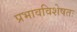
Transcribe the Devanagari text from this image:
प्रभावविशेषतः